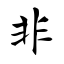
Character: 非